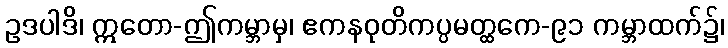
ဥဒပါဒိ၊ ဣတော-ဤကမ္ဘာမှ၊ ဧကနဝုတိကပ္ပမတ္ထကေ-၉၁ ကမ္ဘာထက်၌၊